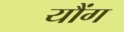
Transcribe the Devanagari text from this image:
यौंग